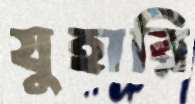
যুহারি